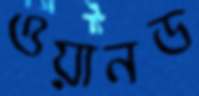
ওয়ানড